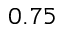
0 . 7 5